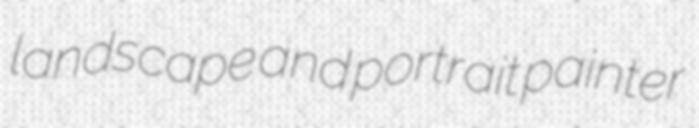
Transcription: landscape and portrait painter